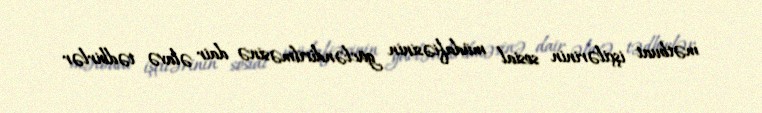
mətbuat işçilərinin sosial müdafiəsinin gücləndirilməsinə dair əlavə tədbirlər